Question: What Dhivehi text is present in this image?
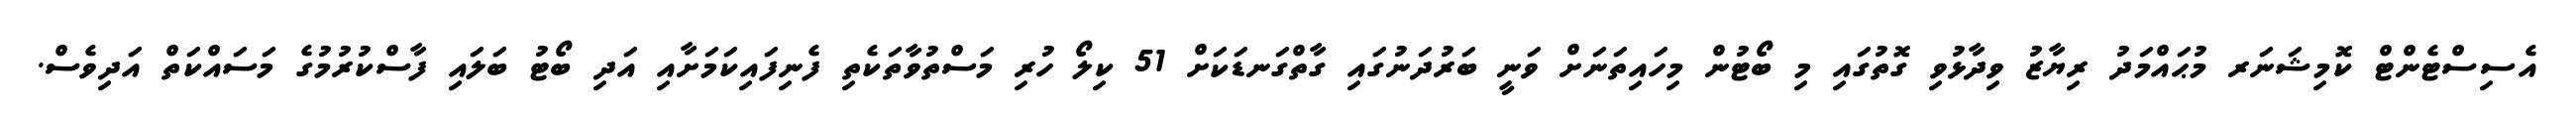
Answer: އެސިސްޓެންޓް ކޮމިޝަނަރ މުޙައްމަދު ރިޔާޒު ވިދާޅުވި ގޮތުގައި މި ބޯޓުން މިހައިތަނަށް ވަނީ ބަރުދަނުގައި ގާތްގަނޑަކަށް 51 ކިލޯ ހުރި މަސްތުވާތަކެތި ފެނިފައިކަމަށާއި އަދި ބޯޓު ބަލައި ފާސްކުރުމުގެ މަސައްކަތް އަދިވެސް.